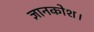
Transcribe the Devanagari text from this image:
ज्ञानकोश।